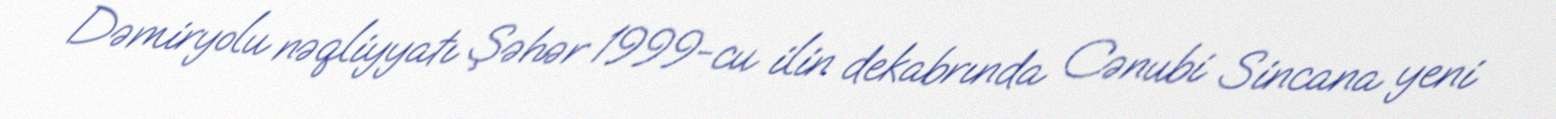
Dəmiryolu nəqliyyatı Şəhər 1999-cu ilin dekabrında Cənubi Sincana yeni